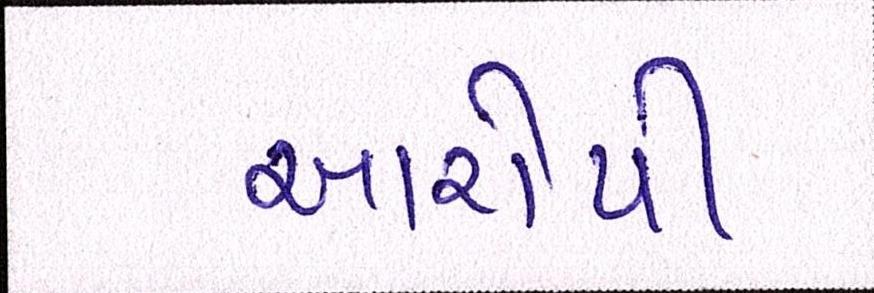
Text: આરોપી